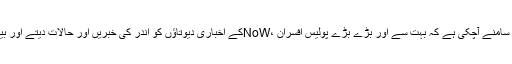
کیونکہ یہ بات کھل کر سامنے آچکی ہے کہ بہت سے اور بڑے بڑے پولیس افسران ،NoWکے اخباری دیوتاؤں کو اندر کی خبریں اور حالات دیتے اور بیچتے چلے آرہے تھے ۔